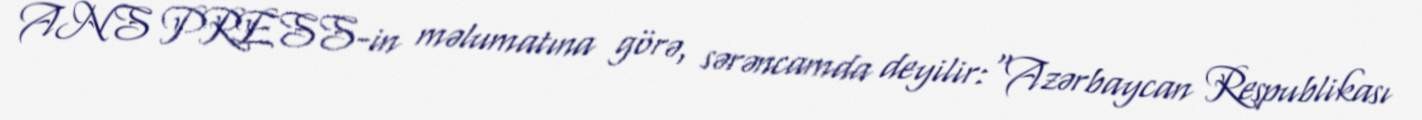
ANS PRESS-in məlumatına görə, sərəncamda deyilir:"Azərbaycan Respublikası